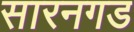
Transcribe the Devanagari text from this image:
सारनगड